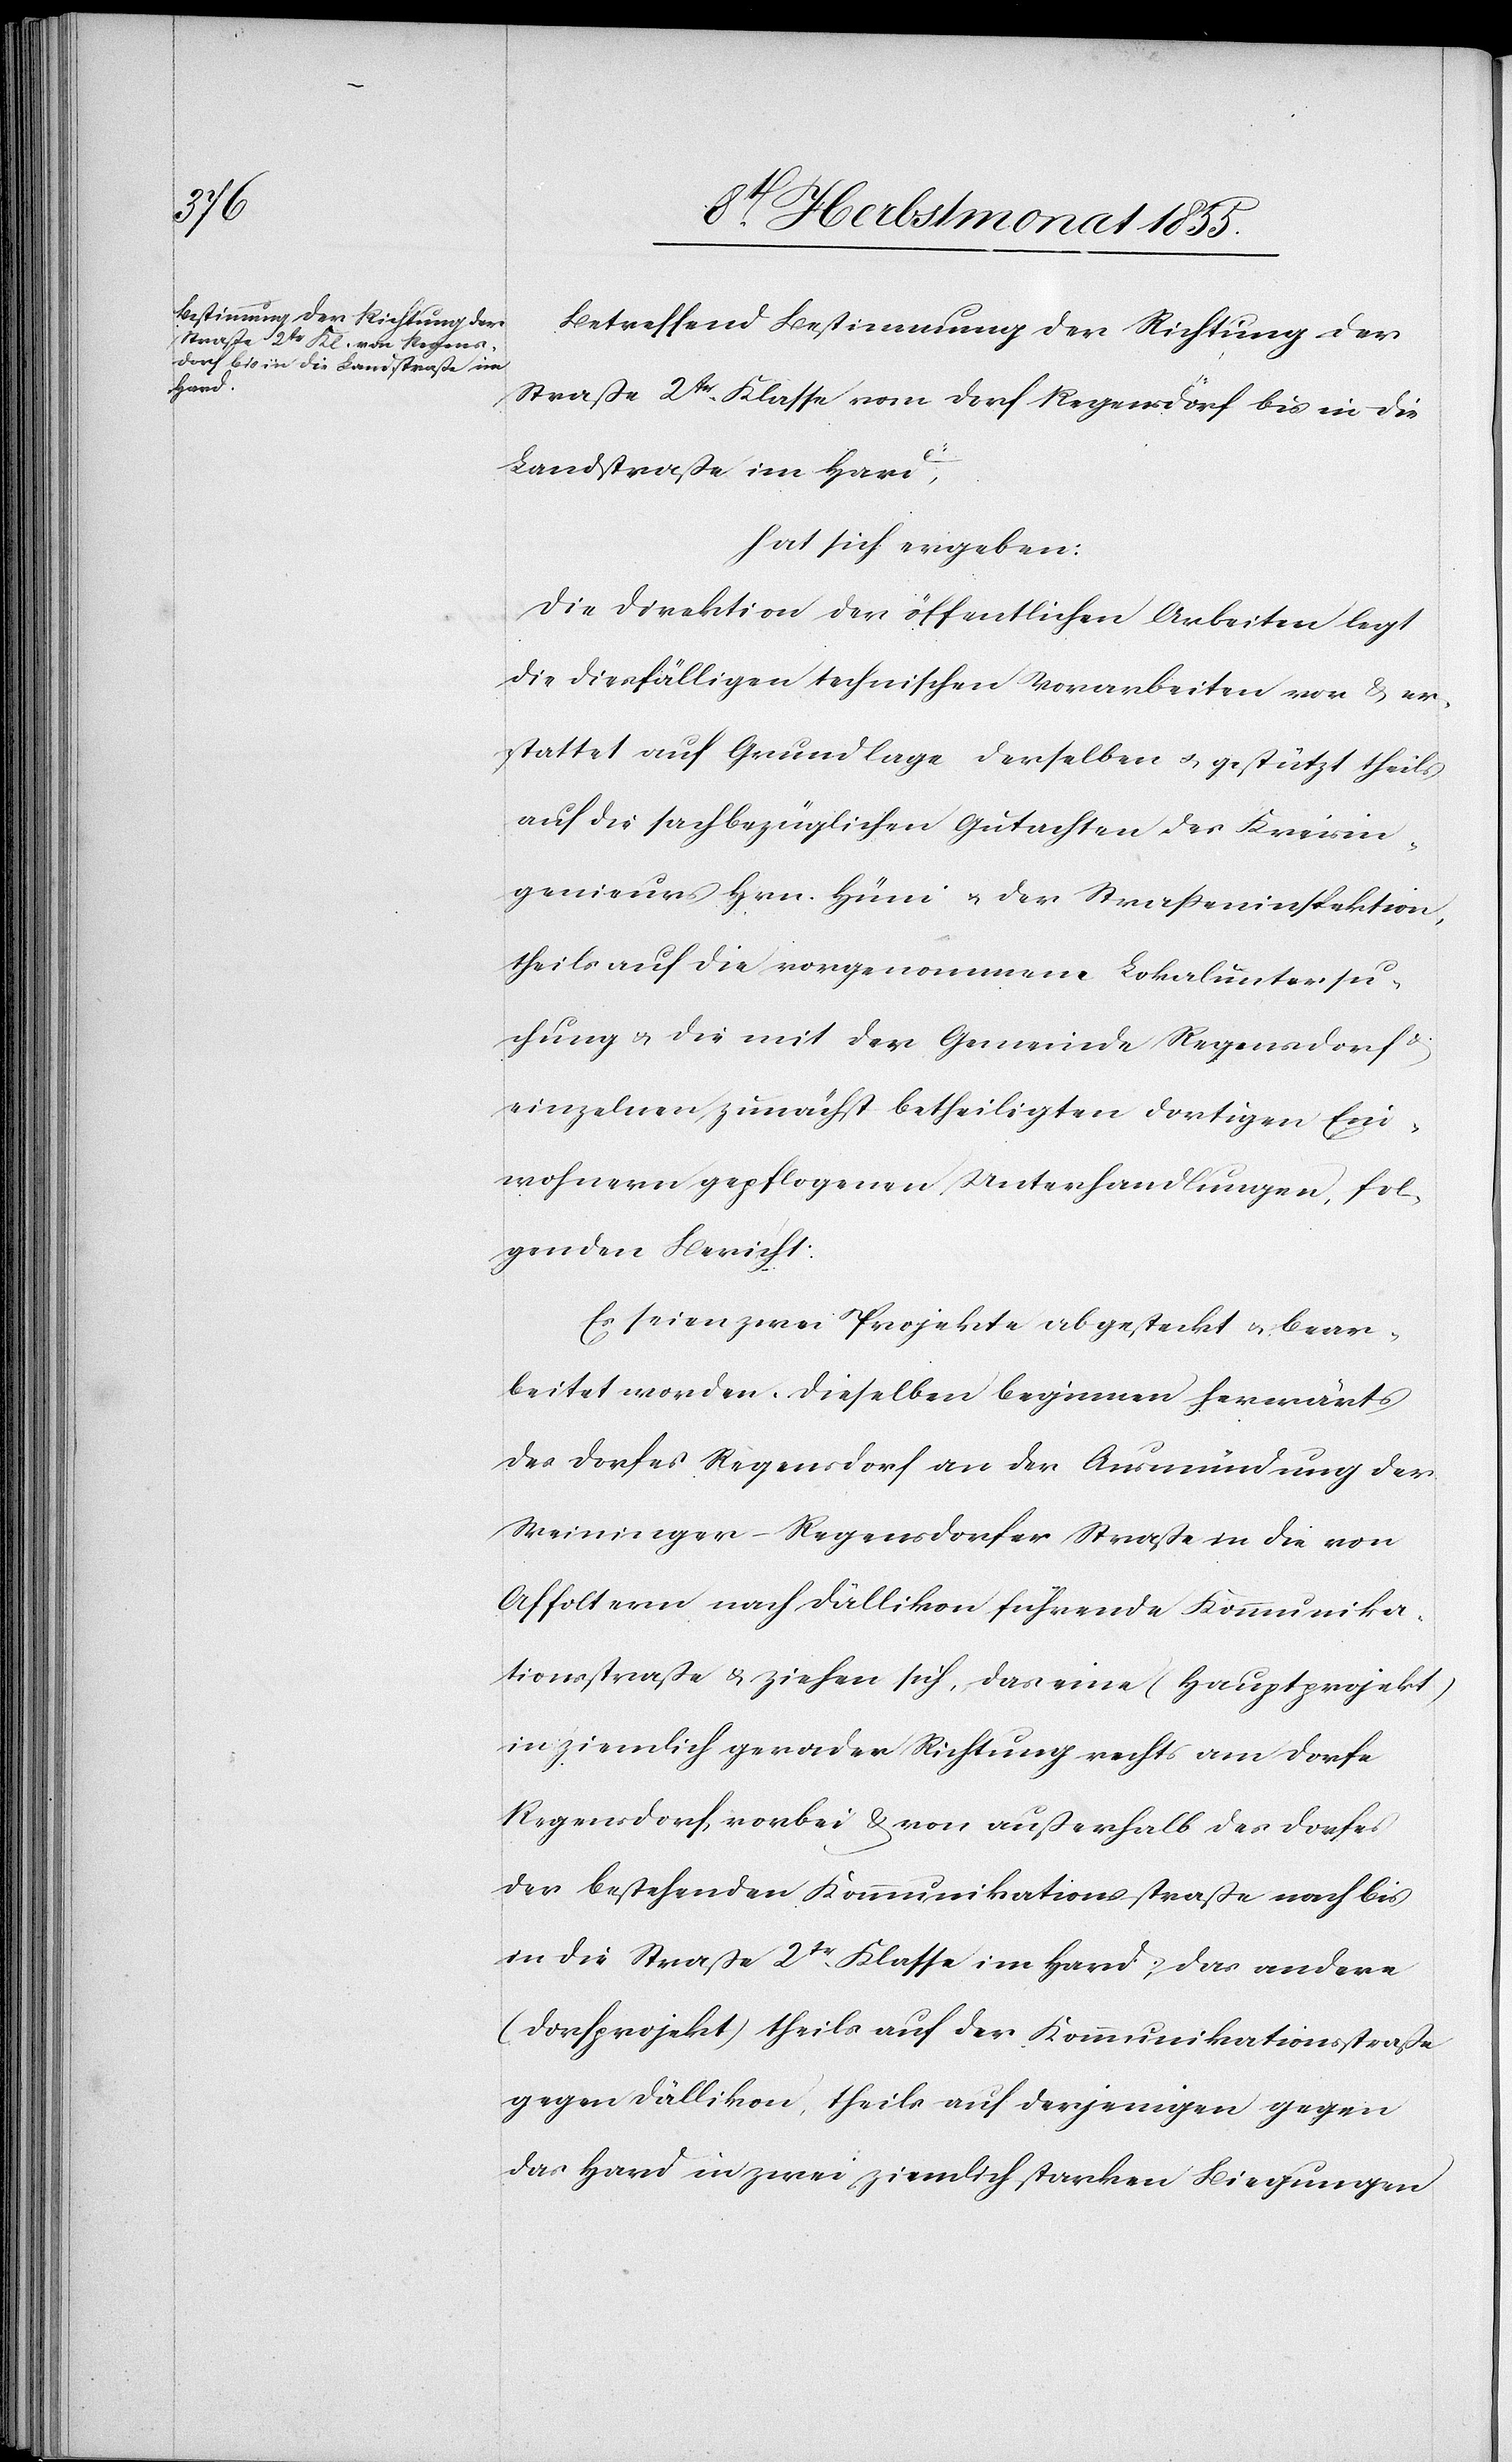
Betreffend Bestimmung der Richtung der
Straße 2tr. Klasse vom Dorf Regensdorf bis in die
Landstraße im Hard,
hat sich ergeben:
Die Direktion der öffentlichen Arbeiten legt
die diesfälligen technischen Vorarbeiten vor & er¬
stattet auf Grundlage derselben & gestützt theils
auf die sachbezüglichen Gutachten des Kreisin¬
genieurs Hrn. Hüni & der Straßeninspektion,
theils auf die vorgenommene Lokaluntersu¬
chung & die mit der Gemeinde Regensdorf &
einzelnen zunächst betheiligten dortigen Ein¬
wohnern gepflogenen Unterhandlungen, fol¬
genden Bericht:
Es seien zwei Projekte abgesteckt & bear¬
beitet worden. Dieselben beginnen herwärts
des Dorfes Regensdorf an der Ausmündung der
Weininger-Regensdorfer Straße in die von
Affoltern nach Dällikon führende Kommunika¬
tionsstraße & ziehen sich, das eine (Hauptprojekt)
in ziemlich gerader Richtung rechts am Dorfe
Regensdorf vorbei & von außerhalb des Dorfes
der bestehenden Kommunikationsstraße nach bis
in die Straße 2tr. Klasse im Hard; das andere
(Dorfprojekt) theils auf der Kommunikationsstraße
gegen Dällikon, theils auf derjenigen gegen
das Hard in zwei ziemlich starken Biegungen